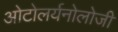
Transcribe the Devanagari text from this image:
ओटोलर्यनोलोजी